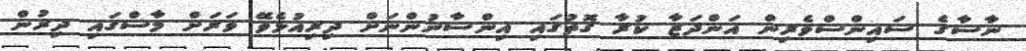
ނާސާގެ ސައިންސްވެރިން އަންދަޒާ ކުރާ ގޮތުގައި އިންސާނުންނަށް ދިރިއުޅެވޭ ވަރަށް މާސްގައި ދިރުން